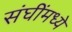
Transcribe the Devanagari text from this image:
संघींमध्ये